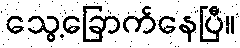
သွေ့ခြောက်နေပြီ။